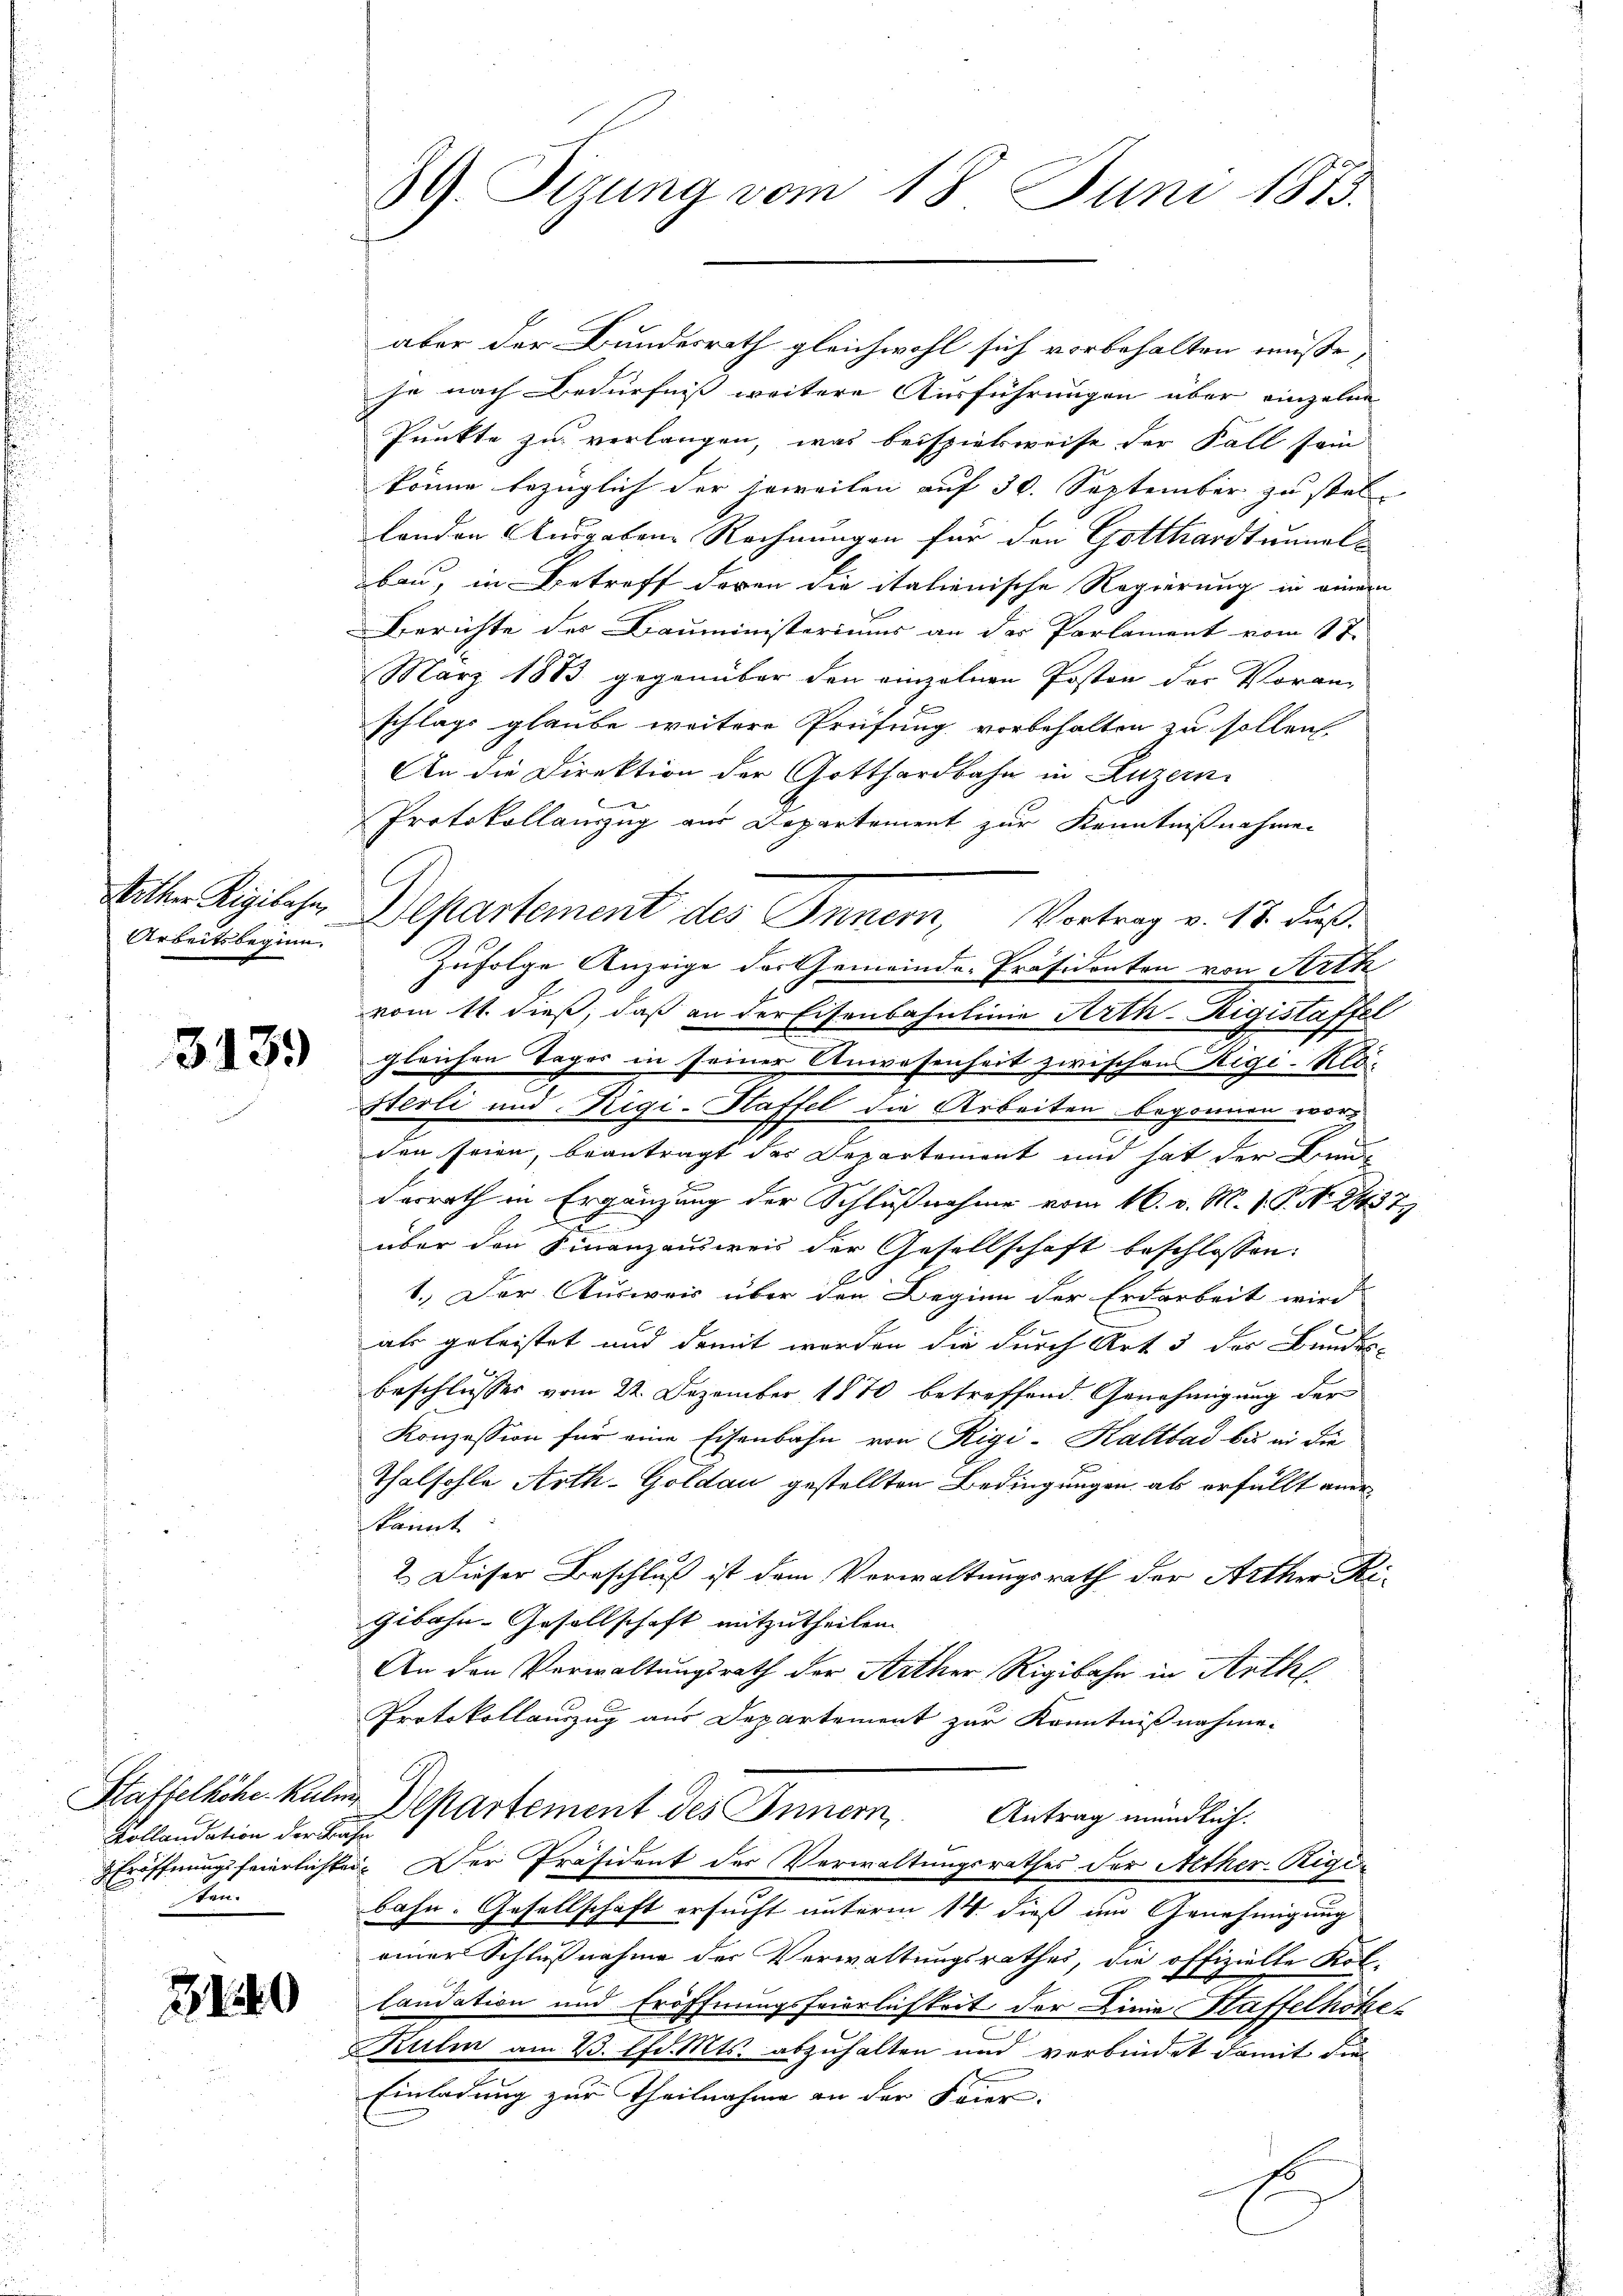
ither Rigibahn,
Arbeitsbeginn.

3139

Kollaudation der Bahn
ten.

310

39. Sizung vom 18. Juni 1873.

aber der Bundesrath gleichwohl sich vorbehalten müsse,
je nach Bedürfniss weitere Ausführungen über einzelne
Punkte zu verlangen, was beispielsweise der Fall sein
könne bezüglich der jeweilen auf 30. September zu stel-
london Ausgabene Rechnungen für den Gotthardtunnels
bau, in Betreff deren die italienische Regierung in einem
Berichte des Bauministeriums an der Parlament vom 17.
März 1883 gegenüber den einzelnen Posten der Voran-
schlags glaube weitere Prüfung vorbehalten zu sollen,
An die Direktion der Gotthardbahn in Luzern
x
Protokollanzug aus Departement zur Kenntnißnahmen
Zufolge Anzeige der Gemeinde-Präsidenten von Arth
vom 11. dieß, daß an der Eisenbahnlinie Arth-Rigistaffel
gleichen Tages in seiner Anwesenheit zwischen Rigi-Klo¬
Steoli und Rigi-Haffel die Arbeiten begonnen worden seien, beantragt des Departement und hat der Bunde
derrath in Ergänzung der Schlußnahme vom 16. v. M. V. P. N. 2437
über den Finanzausweis der Gesellschaft beschlossen:
1.) Der Ausweis über den Beginn der Erdarbeit wird
als geleistet und damit worden die durch Art 3 der Bundes-
beschlusses vom 22. Dezember 1870 betreffend Genehmigung der
Konzession für eine Eisenbahn von Rigi-Kaltbad bis er die
Thalhohle Arth-Goldau gestellten Bedingungen ab erfüllt aner
kannt
2. Dieser Beschluß ist dem Verwaltungsrath der Arther Ri-
gibahn-Gesellschaft mitzutheilen.
An den Verwaltungsrath der Mither Rigibahr in Arthl.
Protokollanzug aus Departement zur Kenntnißnahme.
Htaffelhöhe kalen Departement des Innern Antrag mündlich.
Eröffnungsfeierlichkei. Der Präsident der Verwaltungsrathes der Alther-Riger
bahn. Gesellschaft ersucht unterm 14. dieß im Genehmigung
einer Schlußnahme der Verwaltungsrathes, die offizielte Kol-
laudation und Eröffnungsfeierlichkeit der Linie Haffelhöhe-
Kulm am 23. d. Mts. abzuhalten und verbindet damit die
Einladung zur Theilnahme an der Feier-
s

Departement des Innern, Vortrag v. 18. Fuß.